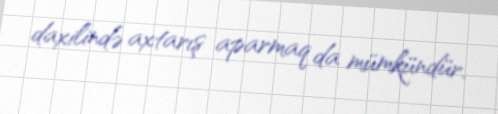
daxilində axtarış aparmaq da mümkündür.